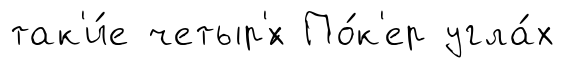
так'и́е четыр'́х По́к'ер угла́х